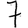
Digit: 7